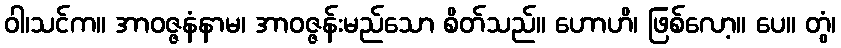
ဝါ၊သင်က။ အာဝဇ္ဇနံနာမ၊ အာဝဇ္ဇန်းမည်သော စိတ်သည်။ ဟောဟိ၊ ဖြစ်လော့။ ပေ။ တွံ၊